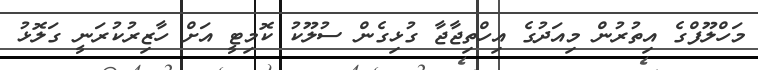
މަހްލޫފްގެ އިތުރުން މިއަދުގެ އިހްތިޖާޖާ ގުޅިގެން ސުލޫކު ކޮމިޓީ އަށް ހާޒިރުކުރަނީ ގަލޮޅު